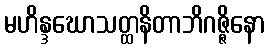
မဟိန္ဒဃောသတ္ထနိတာဘိဂဇ္ဇိနော